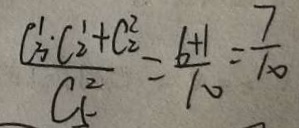
\frac { C _ { 3 } ^ { 1 } \cdot C _ { 2 } ^ { 1 } + C _ { 2 } ^ { 2 } } { C _ { 5 } ^ { 2 } } = \frac { 6 + 1 } { 1 0 } = \frac { 7 } { 1 0 }